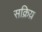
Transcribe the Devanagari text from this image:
सक्रिय़